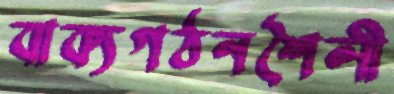
বাক্যগঠনশৈলী